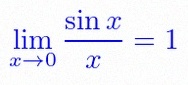
\lim_{x\to0}\frac{\sin x}{x}=1